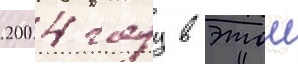
2004 году в этои